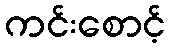
ကင်းစောင့်